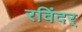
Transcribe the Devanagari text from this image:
रविंदर्